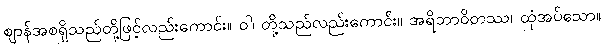
ဈာန်အစရှိသည်တို့ဖြင့်လည်းကောင်း။ ဝါ၊ တို့သည်လည်းကောင်း။ အရိဘာဝိတဿ၊ ထုံအပ်သော။